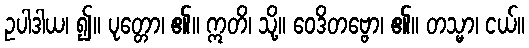
ဥပါဒါယ၊ ၍။ ပုတ္တော၊ ၏။ ဣတိ၊ သို့။ ဝေဒိတဗ္ဗော၊ ၏။ တသ္မာ၊ ငယ်။